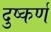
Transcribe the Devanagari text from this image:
दुष्कर्ण